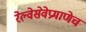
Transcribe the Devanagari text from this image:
रेल्वेसेवेप्रमाणेच